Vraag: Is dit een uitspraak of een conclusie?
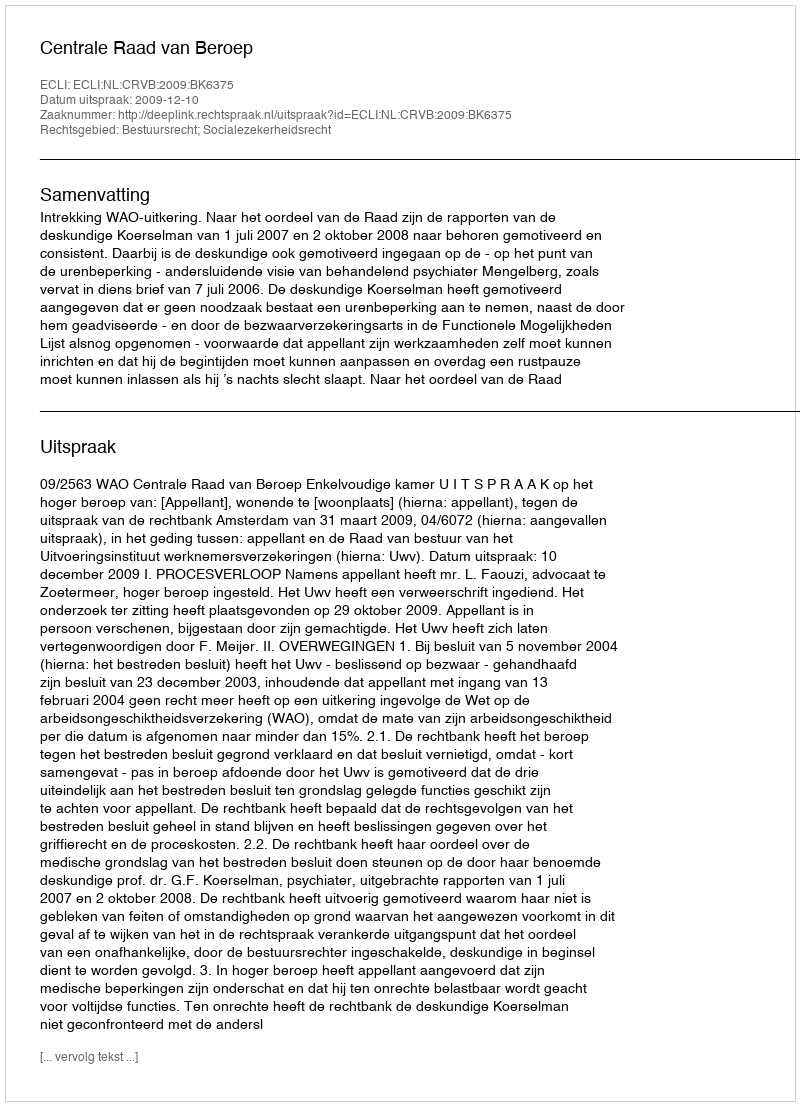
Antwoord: Uitspraak